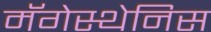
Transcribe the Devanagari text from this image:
मॅगेस्थेनिस